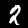
Digit: 2